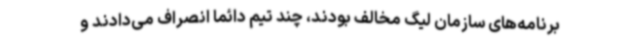
برنامه‌های سازمان لیگ مخالف بودند، چند تیم دائما انصراف می‌دادند و